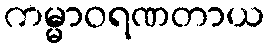
ကမ္မာဝရဏတာယ